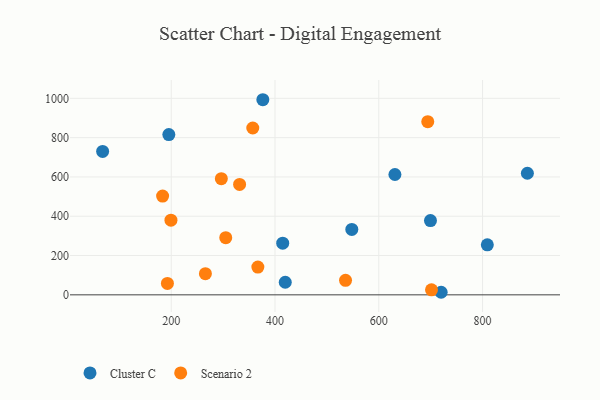
{"axis": {"x": "Ad Spend", "y": "Exam Score"}, "legend": ["Cluster C", "Scenario 2"], "data": [{"x": "195.3", "y": 815.8, "type": "Cluster C"}, {"x": "548.0", "y": 332.8, "type": "Cluster C"}, {"x": "67.7", "y": 730.0, "type": "Cluster C"}, {"x": "419.7", "y": 64.0, "type": "Cluster C"}, {"x": "376.5", "y": 993.0, "type": "Cluster C"}, {"x": "414.8", "y": 263.0, "type": "Cluster C"}, {"x": "699.6", "y": 377.7, "type": "Cluster C"}, {"x": "631.1", "y": 612.5, "type": "Cluster C"}, {"x": "720.2", "y": 13.0, "type": "Cluster C"}, {"x": "886.4", "y": 618.9, "type": "Cluster C"}, {"x": "809.2", "y": 254.3, "type": "Cluster C"}, {"x": "366.9", "y": 141.5, "type": "Scenario 2"}, {"x": "331.7", "y": 562.0, "type": "Scenario 2"}, {"x": "183.3", "y": 502.7, "type": "Scenario 2"}, {"x": "357.1", "y": 849.2, "type": "Scenario 2"}, {"x": "199.4", "y": 379.8, "type": "Scenario 2"}, {"x": "535.9", "y": 73.7, "type": "Scenario 2"}, {"x": "296.5", "y": 591.3, "type": "Scenario 2"}, {"x": "701.6", "y": 25.5, "type": "Scenario 2"}, {"x": "305.0", "y": 290.9, "type": "Scenario 2"}, {"x": "265.8", "y": 107.9, "type": "Scenario 2"}, {"x": "192.6", "y": 57.8, "type": "Scenario 2"}, {"x": "694.4", "y": 881.4, "type": "Scenario 2"}]}